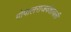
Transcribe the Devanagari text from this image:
गोपालराजवंशावली